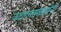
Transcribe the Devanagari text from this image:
उदारमतवाद्यांनी